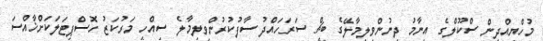
މުހްޔިއްދީން ސްކޫލްގެ އިނާމު ދިނުންވިލިމާލޭގެ ބީޗް ސަރަހައްދު ސާފުކުރުންވިލިމާލެ ސިއްހީ މަރުކަޒު ހޮސްޕިޓަލަކަށްޚާއްސަ